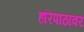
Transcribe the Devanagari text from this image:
हरिपाठावर